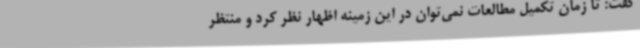
گفت: تا زمان تکمیل مطالعات نمی‌توان در این زمینه اظهار نظر کرد و منتظر